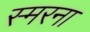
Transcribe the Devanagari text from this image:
स्मरना